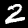
Digit: 2